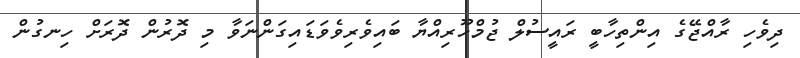
ދިވެހި ރާއްޖޭގެ އިންތިހާބީ ރައީސުލް ޖުމްހޫރިއްޔާ ބައިވެރިވެވަޑައިގަންނަވާ މި ދޮރުން ދޮރަށް ހިނގުން